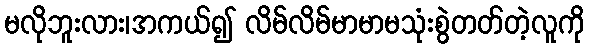
မလိုဘူးလား၊အကယ်၍ လိမ်လိမ်မာမာမသုံးစွဲတတ်တဲ့လူကို